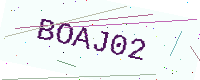
Text: BOAJ02